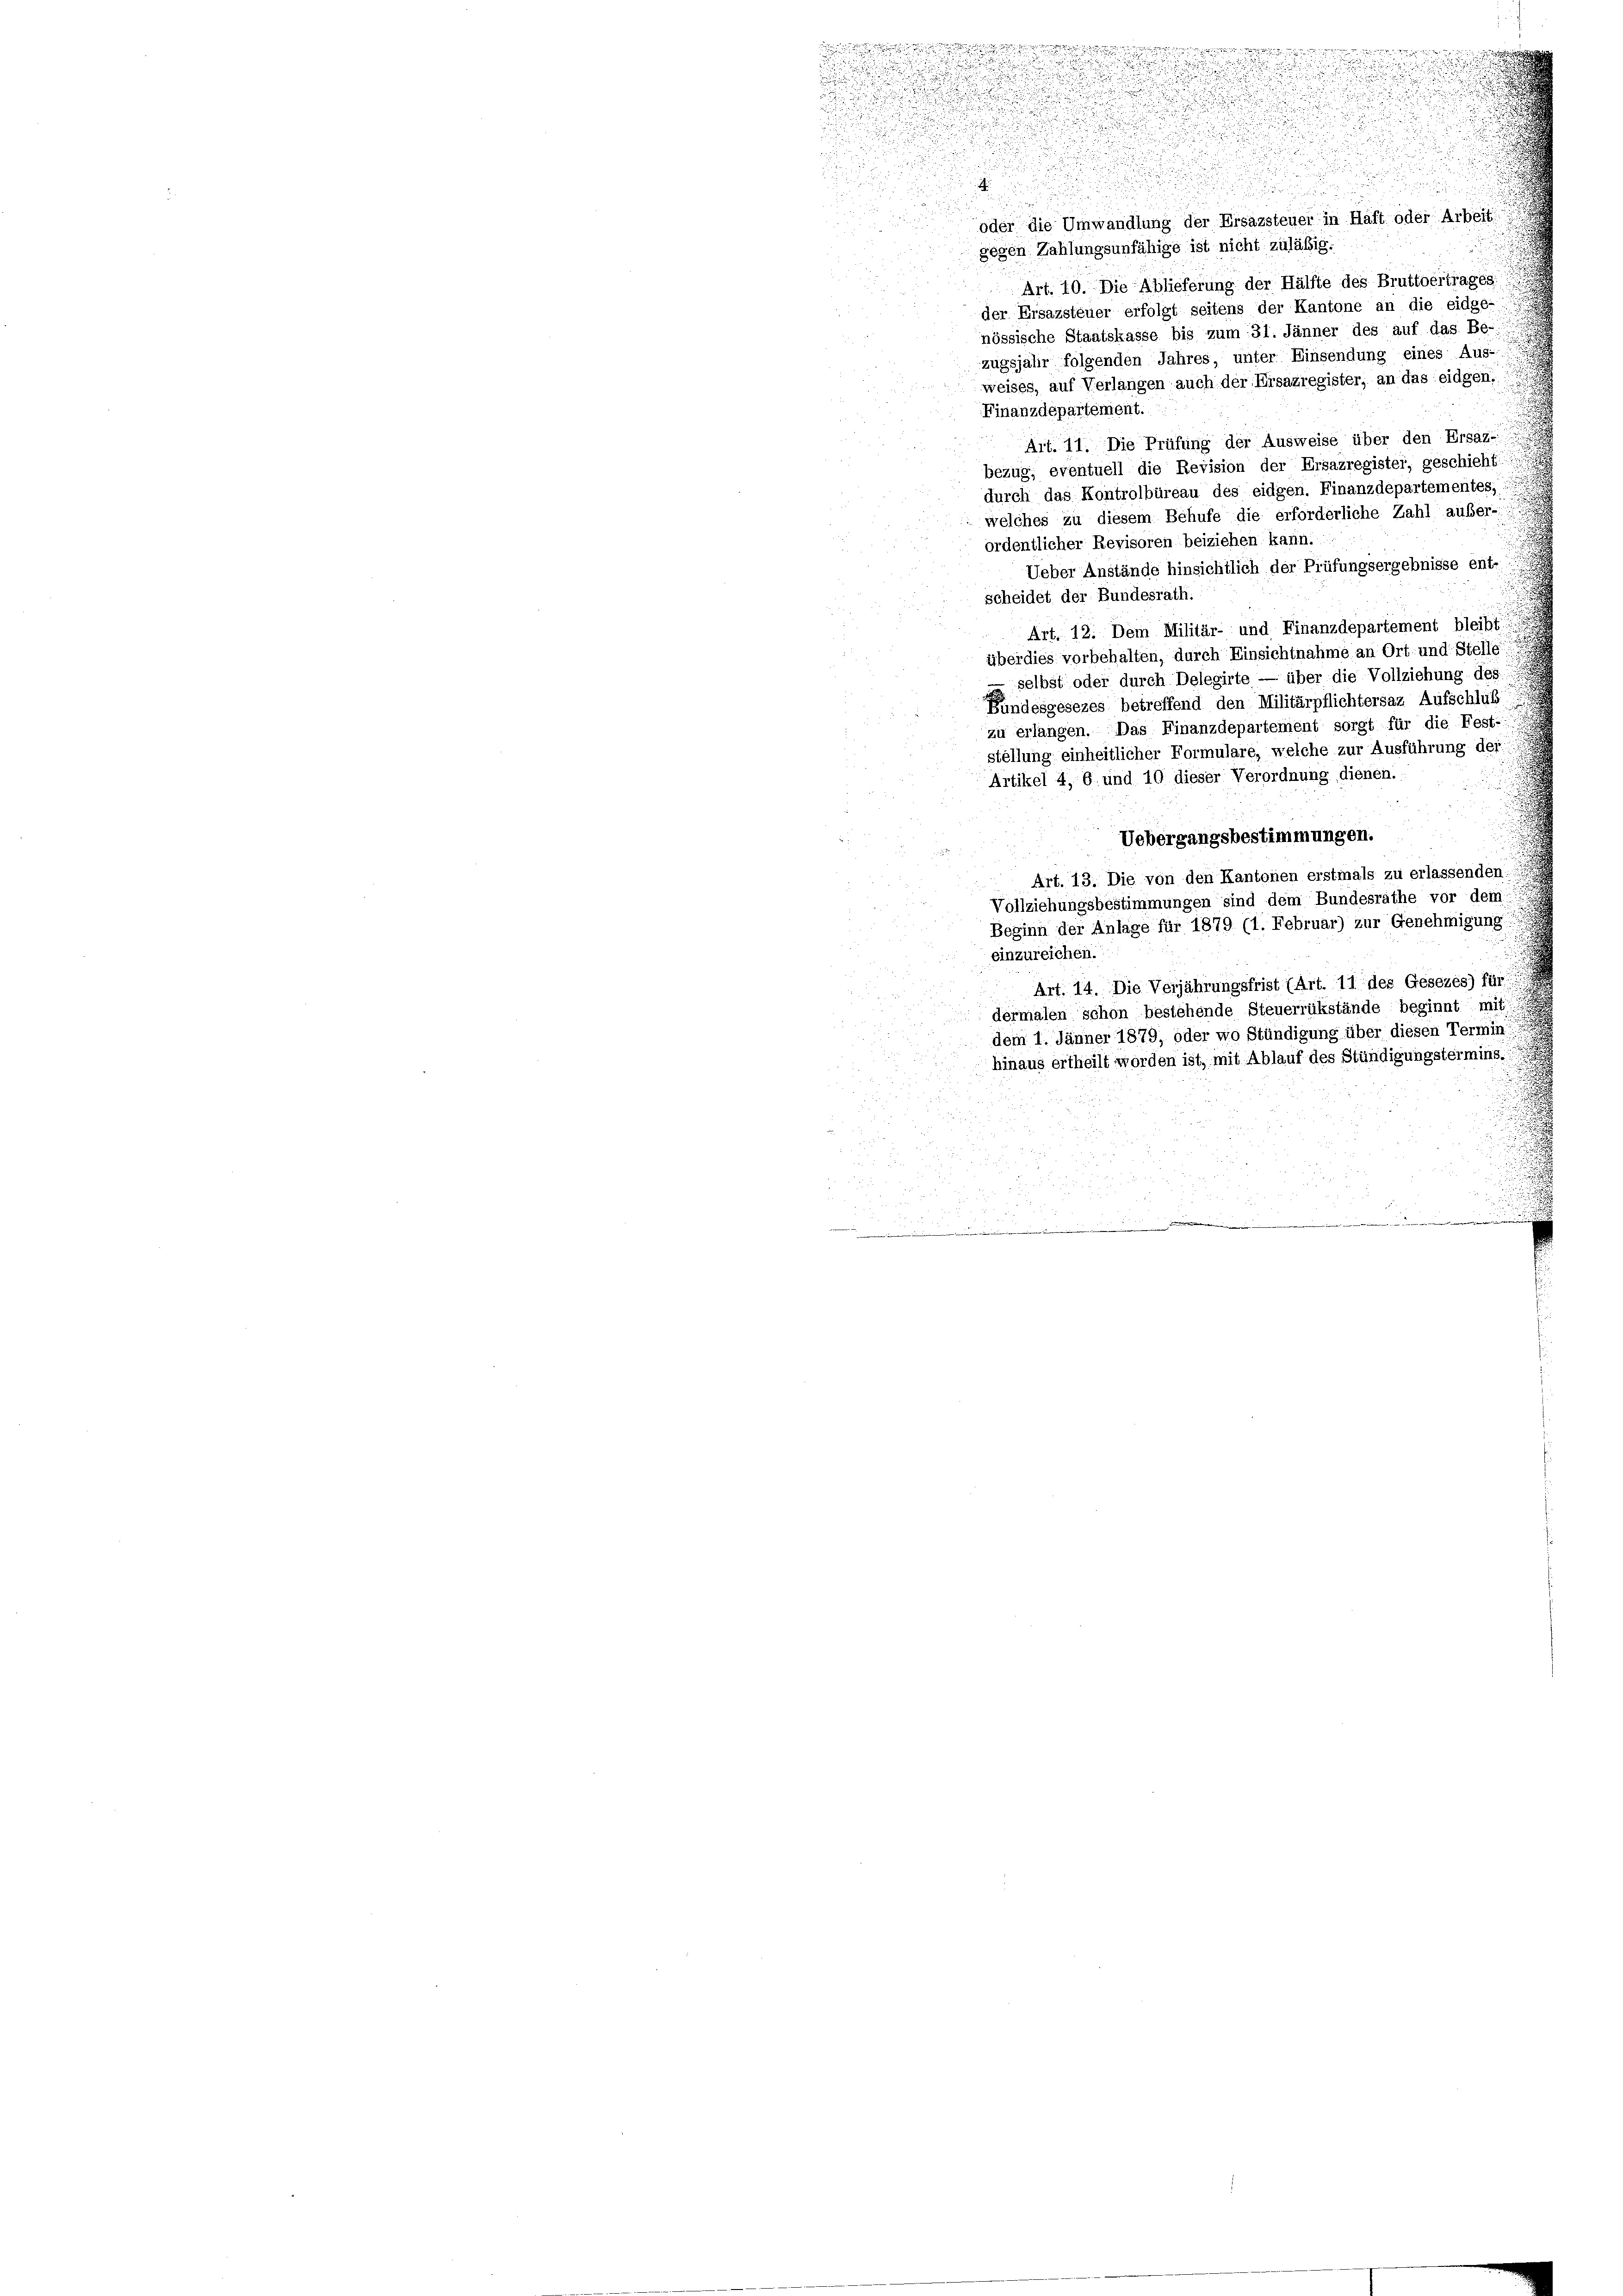
u
.
x

n
.
s
.

oder die Umwandlung der Ersazsteuer in Haft oder Arbeit
gegen Zahlungsunfähige ist nicht zuläßig.
Art. 10. Die Ablieferung der Hälfte des Bruttoertrages
der Ersazsteuer erfolgt seitens der Kantone an die eidge-
nössische Staatskasse bis zum 31. Jänner des auf das Be-
zugsjahr folgenden Jahres, unter Einsendung eines Aus-
weises, auf Verlangen auch der Ersazregister, an das eidgen.
Finanzdepartement.
Art. 11. Die Prüfung der Ausweise über den Ersaz-
bezug, eventuell die Revision der Ersazregistei, geschieht
durch das Kontrolbüreau des eidgen. Finanzdepartementes,
welches zu diesem Behufe die erforderliche Zahl außer-
ordentlicher Revisoren beiziehen kann.
Ueber Anstände hinsichtlich der Prüfungsergebnisse ent-
scheidet der Bundesrath.
Art. 12. Dem Militär- und Finanzdepartement bleibt.
überdies vorbehalten, durch Einsichtnahme an Ort- und Stelle
— selbst oder durch Delegirte — über die Vollziehung des
Bundesgesezes betreffend den Militärpflichtersaz Aufschluß
zu erlangen. Das Finanzdepartement sorgt für die Fest-
stellung einheitlicher Formulare, welche zur Ausführung der
Artikel 4, 6 und 10 dieser Verordnung dienen.
Uebergangsbestimmungen.
Art. 13. Die von den Kantonen erstmals zu erlassenden:
Vollziehungsbestimmungen sind dem Bundesrathe vor dem
Beginn der Anlage für 1879 (1. Februar) zur Genehmigung
einzureichen.
Art. 14. Die Verjährungsfrist (Art. 11 des Gesezes) für
dermalen schon bestehende Steuerrükstände beginnt mit
dem 1. Jänner 1879, oder wo Stündigung über diesen Termin
hinaus ertheilt worden ist, mit Ablauf des Stündigungstermins.
e
a
u der in der